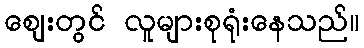
ဈေးတွင် လူများစုရုံးနေသည်။